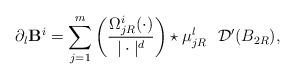
LaTeX: \begin{align*}\partial_l\mathbf{B}^i=\sum_{j=1}^{m}\left(\frac{\Omega_{jR}^i(\cdot)}{|\cdot|^{d}}\right)\star \mu_{jR}^l~~\mathcal{D}'(B_{2R}),\end{align*}